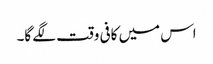
اس میں کافی وقت لگے گا۔